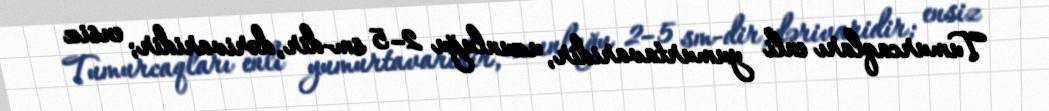
Tumurcaqları enli yumurtavaridir, uzunluğu 2–5 sm-dir, dərivaridir; ensiz